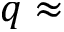
q \approx